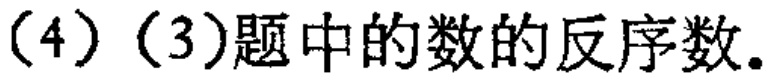
（4）（3）题中的数的反序数.